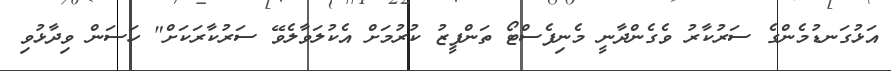
އަޅުގަނޑުމެންގެ ސަރުކާރު ވެގެންދާނީ މެނިފެސްޓޯ ތަންފީޒު ކުރުމަށް އެކުލަވާލެވޭ ސަރުކާރަކަށް" ހަސަން ވިދާޅުވި